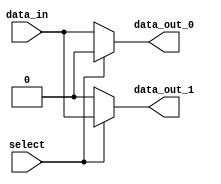
module demux_1to2 (
    input data_in,
    input select,
    output reg data_out_0,
    output reg data_out_1
);

always @* begin
    if (select == 1'b0) begin
        data_out_0 = data_in;
        data_out_1 = 1'b0;
    end else begin
        data_out_0 = 1'b0;
        data_out_1 = data_in;
    end
end

endmodule